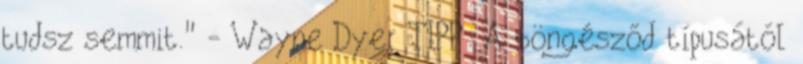
tudsz semmit." - Wayne Dyer TIPP: A böngésződ típusától